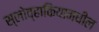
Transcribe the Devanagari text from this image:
स्लोव्हाकियामधील